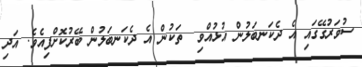
ސުވަރުގޭގައި އެ ދެކަނބަލުން އުޅުއްވި  ތަކުން އެ ދެކަނބަލުން ބޭރުކޮށްފިއެވެ. އަދި